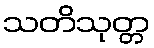
သတိသုတ္တ